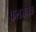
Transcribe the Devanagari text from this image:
फलजनक